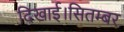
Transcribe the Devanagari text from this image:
दिखाई।सितम्बर